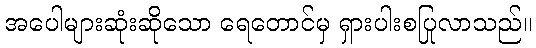
အပေါများဆုံးဆိုသော ရေတောင်မှ ရှားပါးစပြုလာသည်။